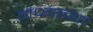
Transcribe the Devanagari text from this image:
गंध्याच्या